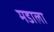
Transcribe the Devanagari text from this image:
मडाला